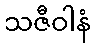
သဇီဝါနံ